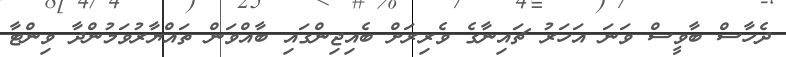
ދެހާސް ބާވީސް ވަނަ އަހަރު ޗައިނާގެ ވެރިރަށް ބެއިޖިންގައި ބާއްވަން ތައްޔާރުވަމުންދާ ވިންޓާ